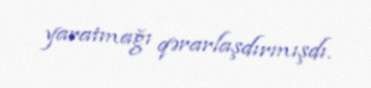
yaratmağı qərarlaşdırmışdı.